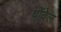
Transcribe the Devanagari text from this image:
पोंवेल